Indian journal of veterinary science and animal husbandry - Volume 7,
Year: 1937
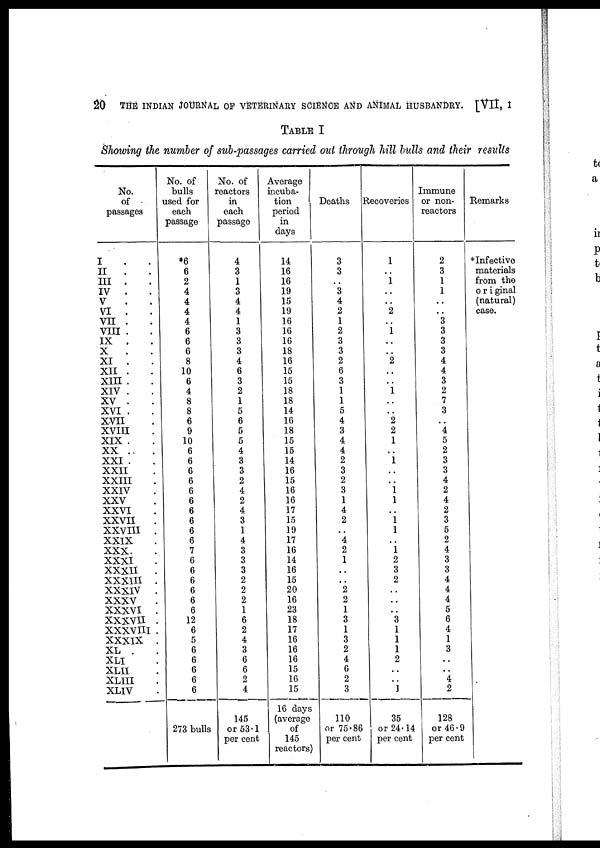
20 THE INDIAN JOURNAL OF VETERINARY SCIENCE AND ANIMAL HUSBANDRY. [VII, I
TABLE I
Showing the number of sub-passages carried out through hill bulls and their results
No.
of
passages
I . .
II . .
III . .
IV . .
V . .
VI . .
VII . .
VIII . .
IX . .
X . .
XI . .
XII . .
XIII . .
XIV . .
XV . .
XVI . .
XVII .
XVIII .
XIX . .
XX . .
XXI . .
XXII .
XXIII .
XXIV .
XXV .
XXVI .
XXVII .
XXVIII .
XXIX .
XXX. XXXI
XXXII
.
XXXIII .
XXXIV .
XXXV
XXXVI .
XXXVII .
XXXVIII .
XXXIX .
XL .
XLI .
XLII .
XLIII .
XLIV .
No. of
bulls
used for
each
passage
*6
6
2
4
4
4
4
6
6
6
8
10
6
4
8
8
6
9
10
6
6
6
6
6
6
6
6
6
6
7
6
6
6
6
6
6
12
6
5
6
6
6
6
6
273 bulls
No. of
reactors
in
each
passage
4
3
1
3
4
4
1
3
3
3
4
6
3
2
1
5
6
5
5
4
3
3
2
4
2
4
3
1
4
3
3
3
2
2
2
1
6
2
4
3
6
6
2
4
145
or 53.1
per cent
Average
incuba-
tion
period
in
days
14
16
16
19
15
19
16
16
16
18
16
15
15
18
18
14
16
18
15
15
14
16
15
16
16
17
15
19
17
16
14
16
15
20
16
23
18
17
16
16
16
15
16
15
16 days
(average
of
145
reactors)
Deaths
3
3
..
3
4
2
1
2
3
3
2
6
3
1
1
5
4
3
4
4
2
3
2
3
1
4
2
..
4
2
1
..
..
2
2
1
3
1
3
2
4
6
2
3
110
or 75.86
per cent
Recoveries
1
..
1
..
..
2
..
1
..
..
2
..
..
1
..
..
2
2
1
..
1
..
..
1
1
..
1
1
..
1
2
3
2
..
..
..
3
1
1
1
2
..
..
1
35
or 24.14
per cent
Immune
or non-
reactors
2
3
1
1
..
..
3
3
3
3
4
4
3
2
7
3
..
4
5
2
3
3
4
2
4
2
3
5
2
4
3
3
4
4
4
5
6
4
1
3
..
..
4
2
128
or 46.9
per cent
Remarks
* Infective
materials
from the
original
(natural)
case.